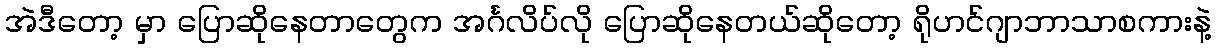
အဲဒီတော့ မှာ ပြောဆိုနေတာတွေက အင်္ဂလိပ်လို ပြောဆိုနေတယ်ဆိုတော့ ရိုဟင်ဂျာဘာသာစကားနဲ့